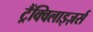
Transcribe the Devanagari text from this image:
ट्रैंक्विलाइज़र्स